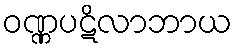
ဝဏ္ဏပဋိလာဘာယ